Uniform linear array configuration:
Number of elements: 48
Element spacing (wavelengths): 0.75
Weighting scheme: uniform
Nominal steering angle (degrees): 60
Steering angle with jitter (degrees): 58.452
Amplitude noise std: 0.05
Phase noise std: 0.05

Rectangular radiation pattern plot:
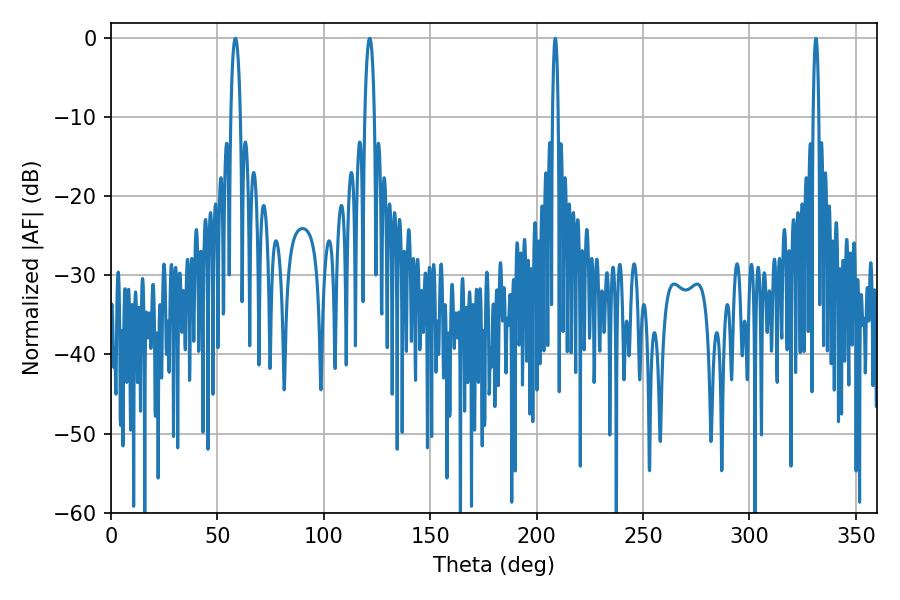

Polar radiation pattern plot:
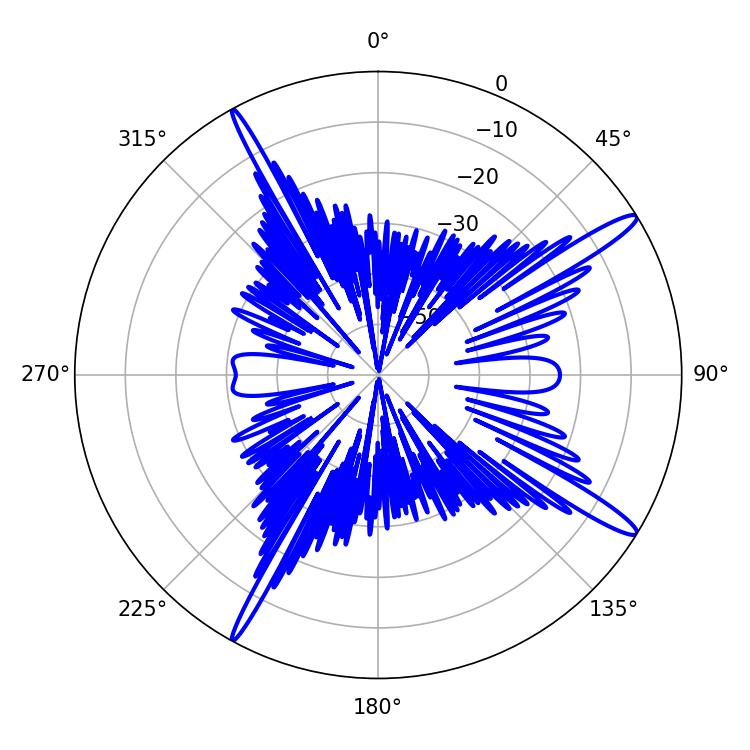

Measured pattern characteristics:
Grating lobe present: TRUE
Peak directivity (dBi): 15.244
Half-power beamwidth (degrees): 2.52
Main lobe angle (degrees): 58.5